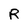
Character: R